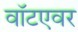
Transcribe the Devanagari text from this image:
वॉटएवर